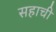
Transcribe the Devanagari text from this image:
सहाची